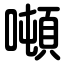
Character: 噸